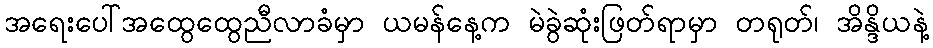
အရေးပေါ်အထွေထွေညီလာခံမှာ ယမန်နေ့က မဲခွဲဆုံးဖြတ်ရာမှာ တရုတ်၊ အိန္ဒိယနဲ့